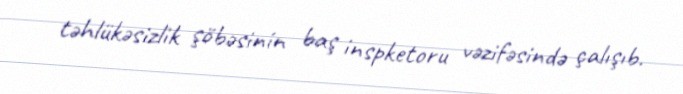
təhlükəsizlik şöbəsinin baş inspketoru vəzifəsində çalışıb.